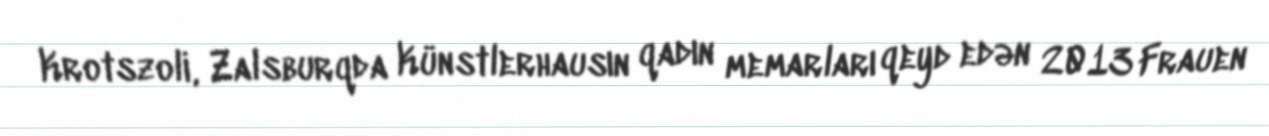
Krotszoli, Zalsburqda Künstlerhausın qadın memarları qeyd edən 2013 Frauen